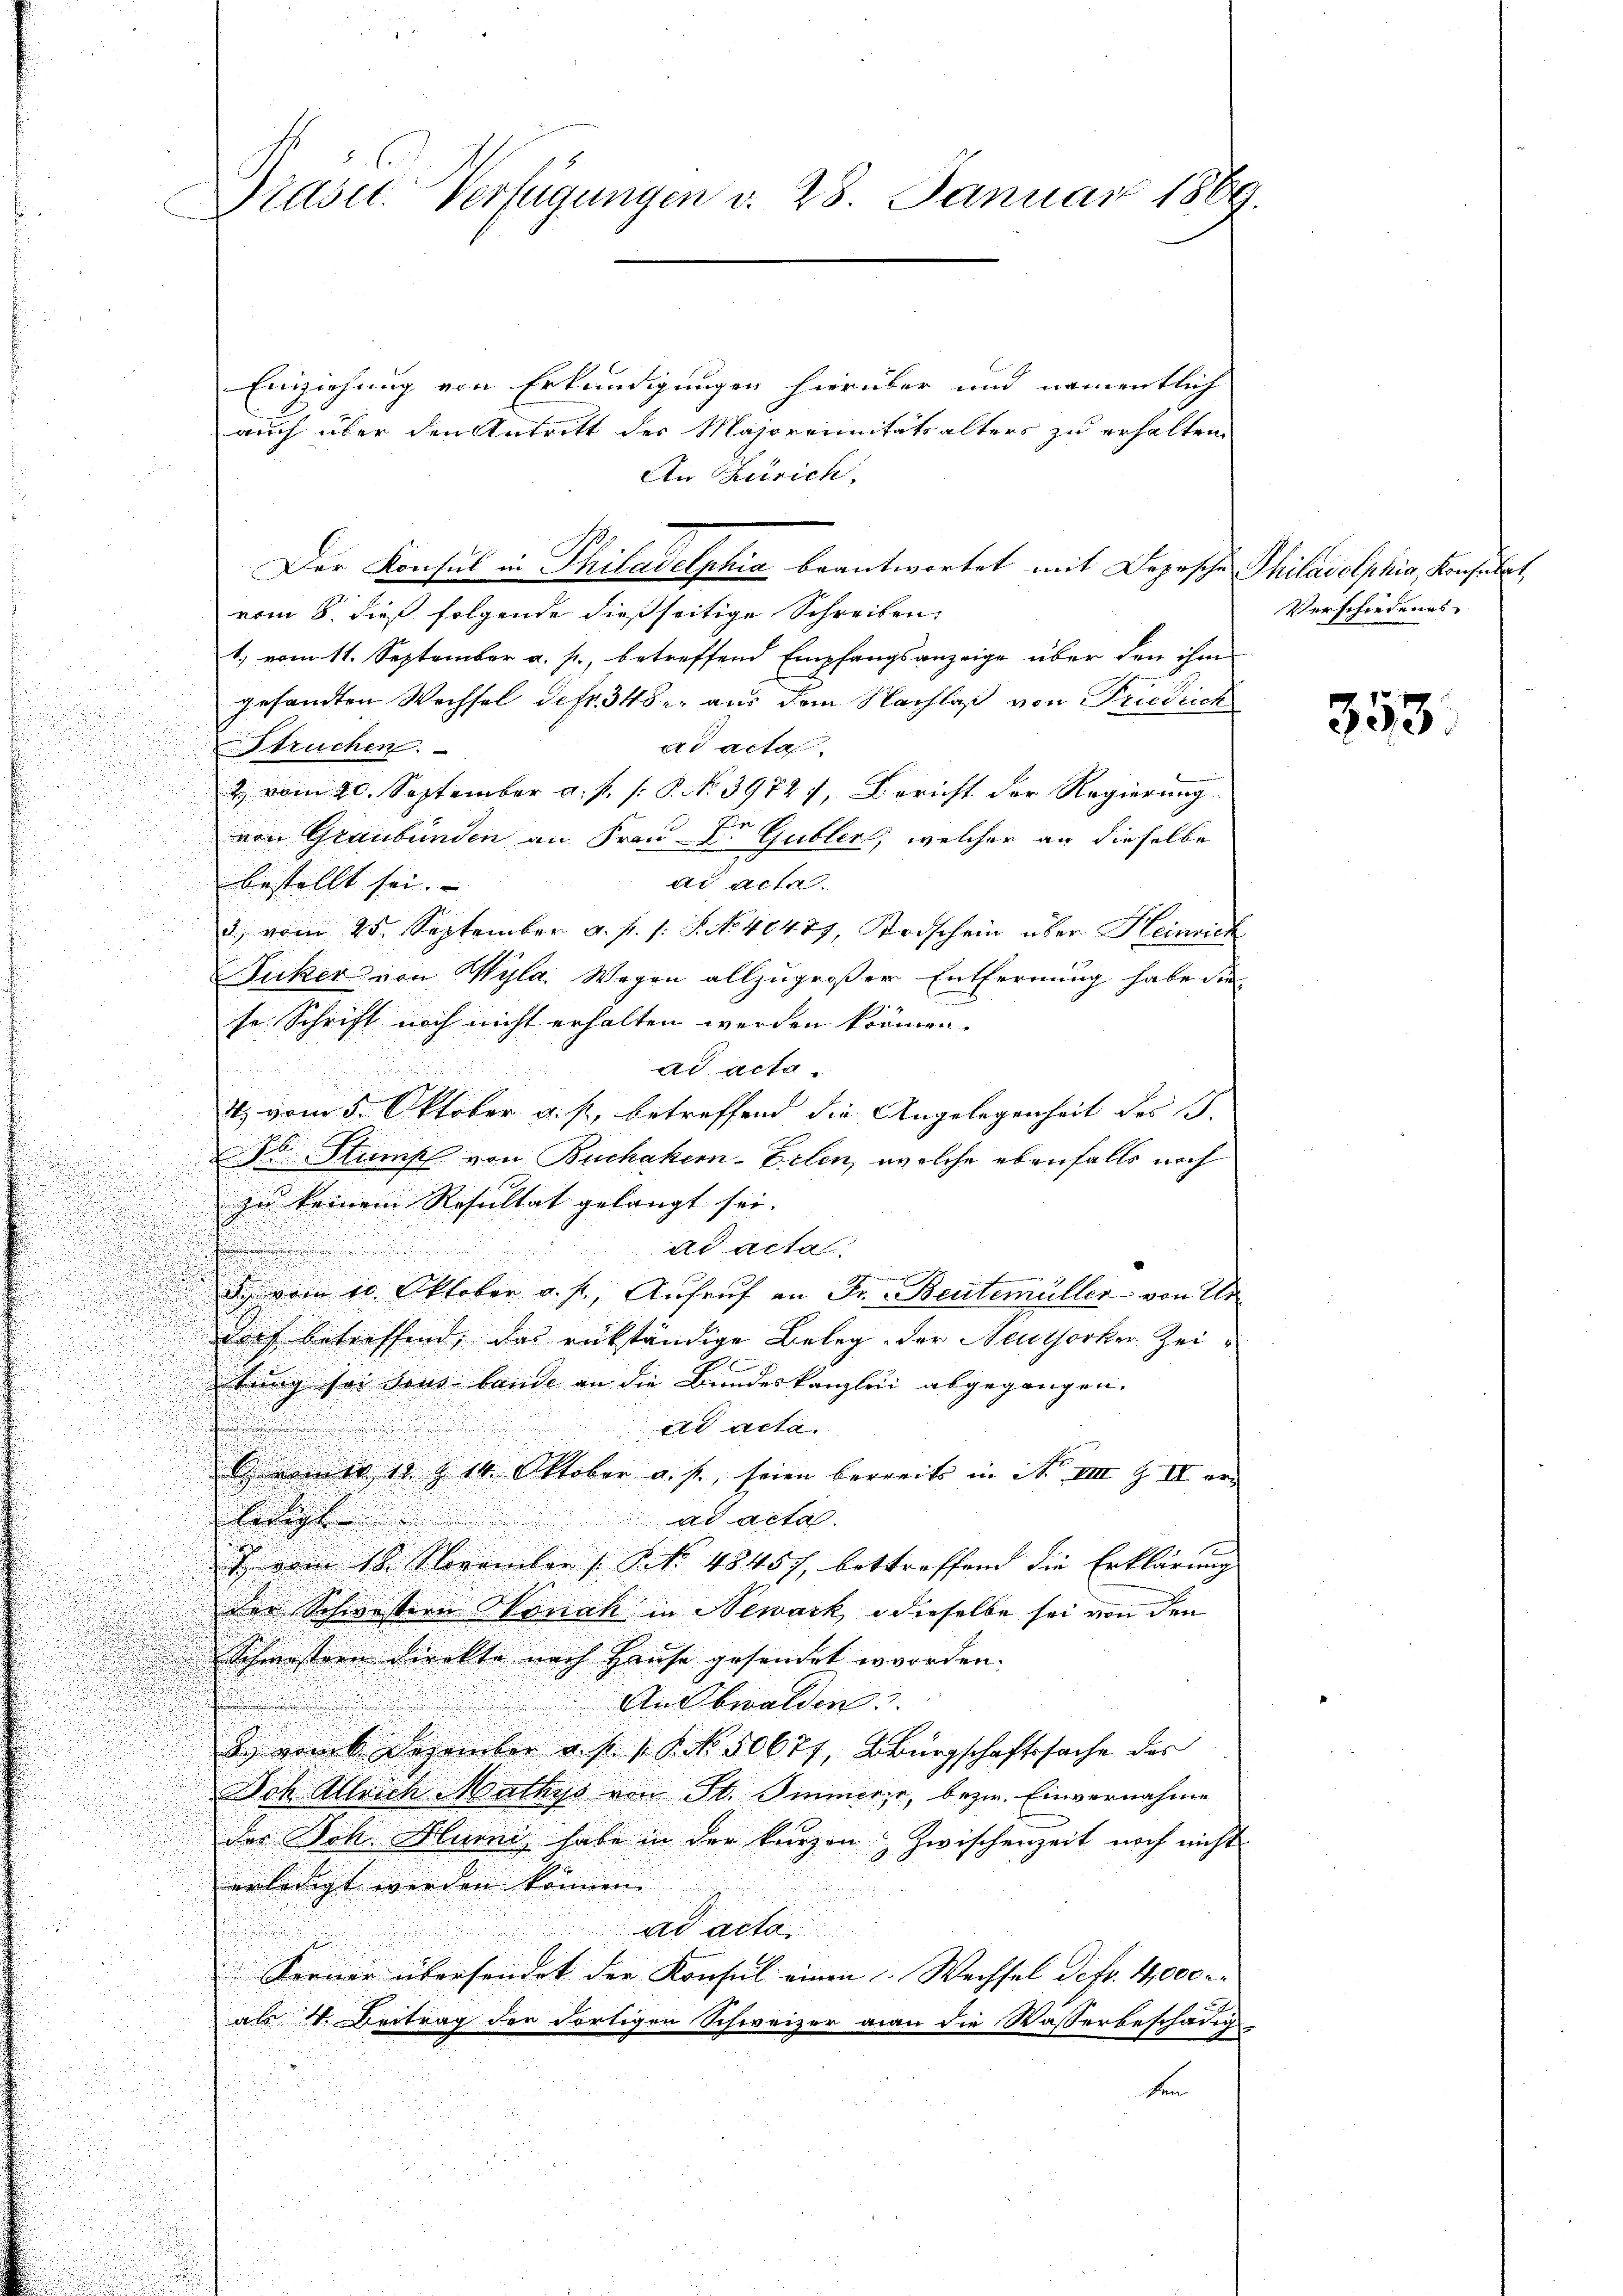
¬

Einziehung von Erkundigungen hierüber und namentlich
auch über den Antritt der Majorrinitätsalters zu erhalten
An Zürich,
Der Konsul in Philadelphia beantwortet mit Depesche Philadelphis, konsulat,
vom 8. dieß folgende dießseitige Schreiben
1., vom 11. September a. p., betreffend Empfangsanzeige über den ihm
gesandten Wechsel defr. 348. aus dem Nachlaß von Friedrich
Struchen.
ad acta.
2 vom 20. September a. p. [ P. No. 3972), Bericht der Regierung.
von Graubünden an Frau Dr. Gubler, welcher an dieselbe
d
u
bestellt sei.
ad acta.
.
3., vom 25. September a. f. s. S. No 40477, Stodschein über Heinrich
u
Fuker von Wyla Wegen allzugroßer Entfernung habe die
se Schrift noch nicht erhalten werden können.
ad acta
4. vom 5. Oktober a. p., betreffend die Angelegenheit des J.
1 Stumpf von Buchaken-Erlen, welche ebenfalls noch
zu keinem Resultat gelangt sei.
.
u
ad acta.

eien
d. vom 10. Oktober a. f., Aufruf an Fr. Beutemüller von Urdoch betreffend, das rükständige Beleg der Neuthorker Zei¬
Etung sei den bande an die Bundeskanzlei abgegangen,
d
dd acta.
mer 10 Z 14. Oktober a. f., seien bereits in A. VIII 9. IV er
u
ledigt ad acta.
7 vom 18. November (: No 48457, bettreffend die Erklärung
der Schwestern Sonach in Newark, dieselbe sei von den
Schmestern direkte nach Hause gesendet worden. |
Aubwalden
8. vom 6 Dezember u. s. v. 8. No. 50677, Bürgschaftssache des
Doh Alleich Mathys von St. Immerer, bezw. Einvernahme
der Joh. Hurni, habe in der kurzen Zwischenzeit noch nicht
enlangt werden können. |
ad acta
Ferner übersendet der Konsul einen Wechsel detr. 4000
als V. Beitrag der dortigen Schweizer man die Wasserbeschädig-
n

den
u

Prasit. Verfügungen v. 23. Januar 1869.
C

Verschiedenes

353.